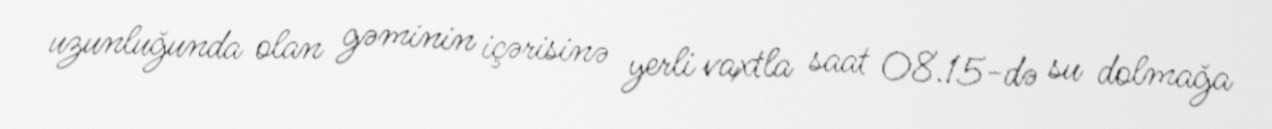
uzunluğunda olan gəminin içərisinə yerli vaxtla saat 08.15-də su dolmağa